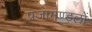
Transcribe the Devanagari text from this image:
प्रजामण्डलों